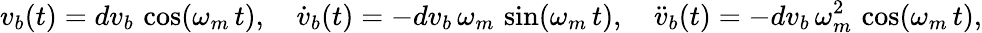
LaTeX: v_{b}(t)=dv_{b}\, \cos(\omega_{m}\, t),\quad\dot{v}_{b}(t)=-dv_{b}\, \omega_{m}\, \sin(\omega_{m}\, t),\quad\ddot{v}_{b}(t)=-dv_{b}\, \omega_{m}^{2}\, \cos(\omega_{m}\, t),